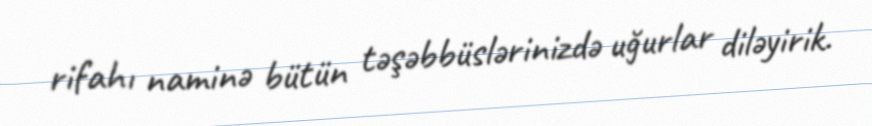
rifahı naminə bütün təşəbbüslərinizdə uğurlar diləyirik.